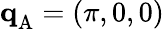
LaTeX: \mathbf{q}_{\mathrm{A}}^{}=(\pi,0,0)